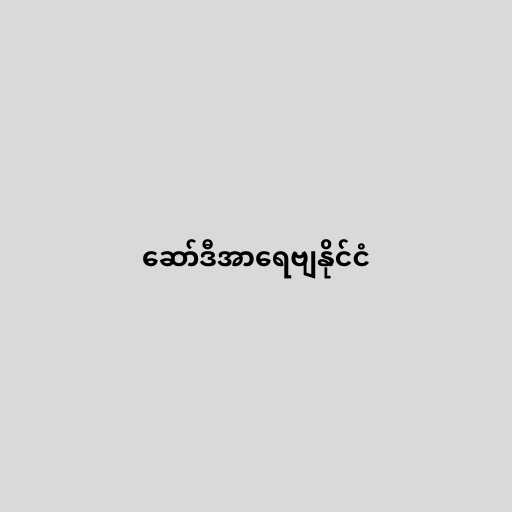
ဆော်ဒီအာရေဗျနိုင်ငံ